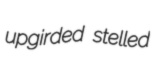
upgirded stelled